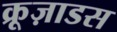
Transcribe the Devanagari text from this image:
क्रूज़ाडस